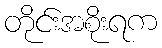
တိုင်းအစိုးရက